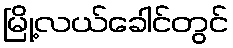
မြို့လယ်ခေါင်တွင်